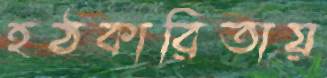
হঠকারিতায়